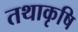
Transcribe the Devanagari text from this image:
तथाकृषि